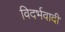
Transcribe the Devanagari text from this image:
विदर्भवादी